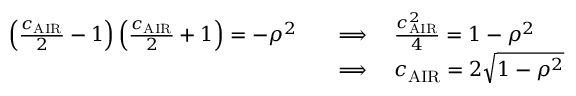
\begin{array} { r l } { \left( \frac { c _ { \mathrm { A I R } } } { 2 } - 1 \right) \left( \frac { c _ { \mathrm { A I R } } } { 2 } + 1 \right) = - \rho ^ { 2 } \quad } & { \Longrightarrow \quad \frac { c _ { \mathrm { A I R } } ^ { 2 } } { 4 } = 1 - \rho ^ { 2 } } \\ & { \Longrightarrow \quad c _ { \mathrm { A I R } } = 2 \sqrt { 1 - \rho ^ { 2 } } } \end{array}